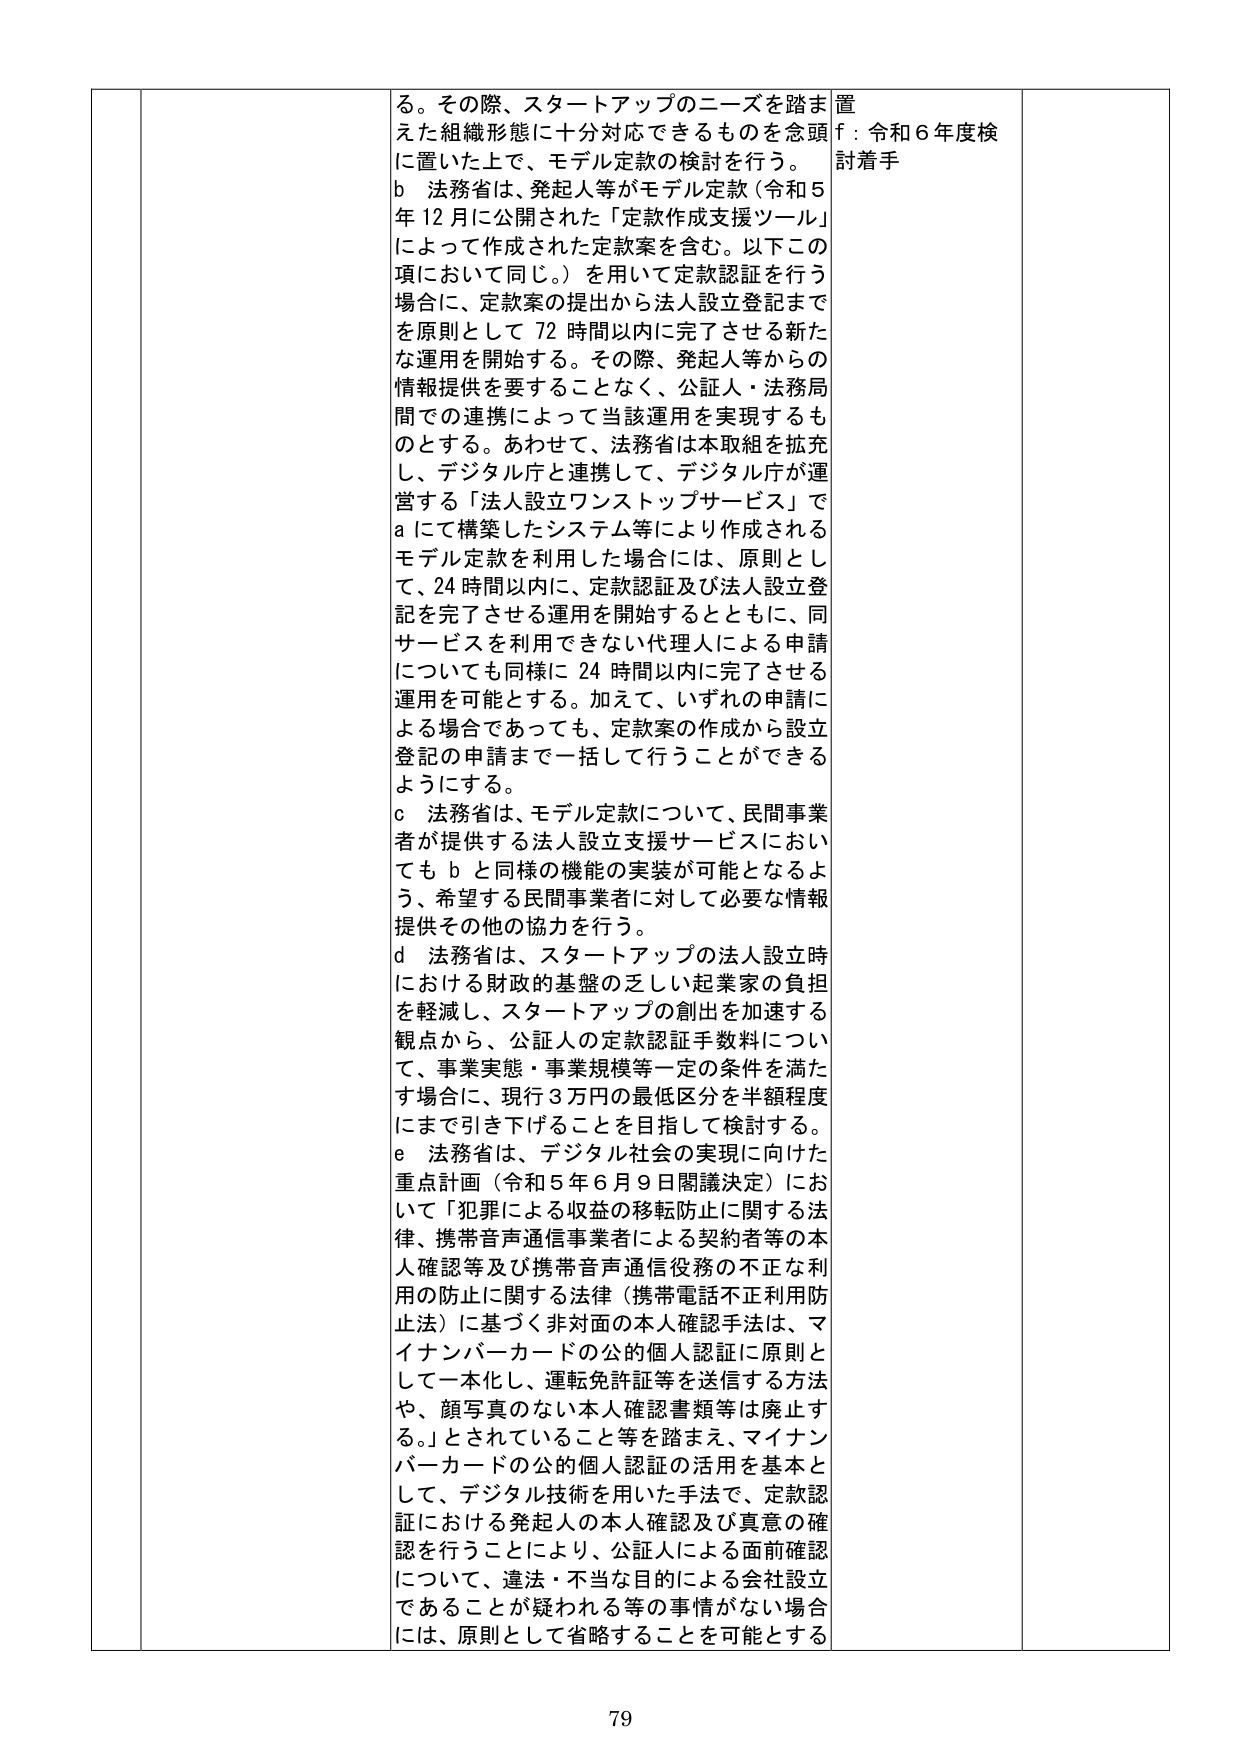
る。その際、スタートアップのニーズを踏まえ た組織形態に十分対応できるものを念頭 に置いた上で、モデル定款の検討を行う。
b 法務省は、発起人等がモデル定款（令和5 年12月に公開された「定款作成支援ツール」 によって作成された定款案を含む。以下この 項において同じ。）を用いて定款認証を行う 場合に、定款案の提出から法人設立登記まで を原則として72時間以内に完了させる新た な運用を開始する。その際、発起人等からの 情報提供を要することなく、公証人・法務局 間での連携によって当該運用を実現するも のとする。あわせて、法務省は本取組を拡充 し、デジタル庁と連携して、デジタル庁が運 営する「法人設立ワンストップサービス」で a にて構築したシステム等により作成される モデル定款を利用した場合には、原則とし て、24時間以内に、定款認証及び法人設立登 記を完了させる運用を開始するとともに、同 サービスを利用できない代理人による申請 についても同様に24時間以内に完了させる 運用を可能とする。加えて、いずれの申請に よる場合であっても、定款案の作成から設立 登記の申請まで一括して行うことができる ようにする。
c 法務省は、モデル定款について、民間事業 者が提供する法人設立支援サービスにおい ても b と同様の機能の実装が可能となるよ う、希望する民間事業者に対して必要な情報 提供その他の協力を行う。
d 法務省は、スタートアップの法人設立時 における財政的基盤の乏しい起業家の負担 を軽減し、スタートアップの創出を加速する 観点から、公証人の定款認証手数料につい て、事業実態・事業規模等一定の条件を満た す場合に、現行3万円の最低区分を半額程度 にまで引き下げることを目指して検討する。
e 法務省は、デジタル社会の実現に向けた 重点計画（令和5年6月9日閣議決定）にお いて「犯罪による収益の移転防止に関する法 律、携帯音声通信事業者による契約者等の本 人確認等及び携帯音声通信役務の不正な利 用の防止に関する法律（携帯電話不正利用防 止法）に基づく非対面の本人確認手法は、マ イナンバーカードの公的個人認証に原則と して一本化し、運転免許証等を送信する方法 や、顔写真のない本人確認書類等は廃止す る。」とされていること等を踏まえ、マイナン バーカードの公的個人認証の活用を基本と して、デジタル技術を用いた手法で、定款認 証における発起人の本人確認及び真意の確 認を行うことにより、公証人による面前確認 について、違法・不当な目的による会社設立 であることが疑われる等の事情がない場合 には、原則として省略することを可能とする

置
f：令和6年度検 討着手

79